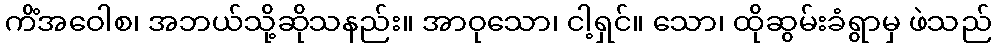
ကိံအဝေါစ၊ အဘယ်သို့ဆိုသနည်း။ အာဝုသော၊ ငါ့ရှင်။ သော၊ ထိုဆွမ်းခံရွာမှ ဖဲသည်